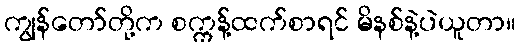
ကျွန်တော်တို့က စက္ကန့်ထက်စာရင် မိနစ်နဲ့ပဲယူတာ။